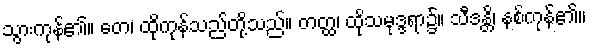
သွားကုန်၏။ တေ၊ ထိုကုန်သည်တို့သည်။ တတ္ထ၊ ထိုသမုဒ္ဒရာ၌။ သီဒန္တိ၊ နစ်ကုန်၏။